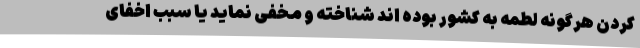
کردن هرگونه لطمه به کشور بوده‌ اند ‌شناخته و مخفی نماید یا سبب اخفای